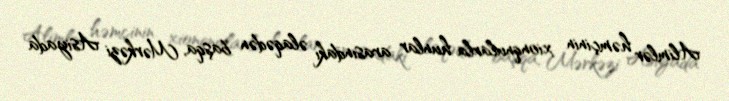
Alimlər həmçinin xionqnularla hunlar arasındakı əlaqədən başqa, Mərkəzi Asiyada